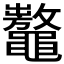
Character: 𪓾